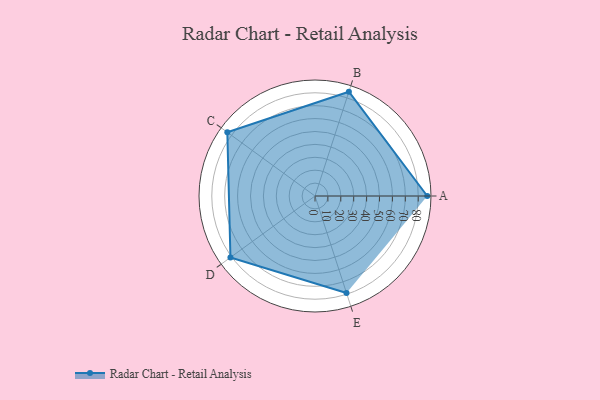
{"axis": {"x": "Skill", "y": "Score"}, "legend": ["Profile"], "data": [{"x": "A", "y": 87.0, "type": "Profile"}, {"x": "B", "y": 85.0, "type": "Profile"}, {"x": "C", "y": 84.0, "type": "Profile"}, {"x": "D", "y": 81.0, "type": "Profile"}, {"x": "E", "y": 79.0, "type": "Profile"}]}